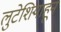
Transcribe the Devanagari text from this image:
लुटेशियाहून